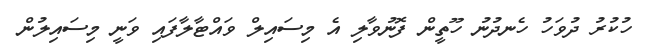
ހުކުރު ދުވަހު ހެނދުނު ހޫތީން ފޮނުވާލި އެ މިސައިލް ވައްޓާލާފައި ވަނީ މިސައިލުން